Annual administration report of the Civil Veterinary Department of India - 1893-1894
Year: 1893
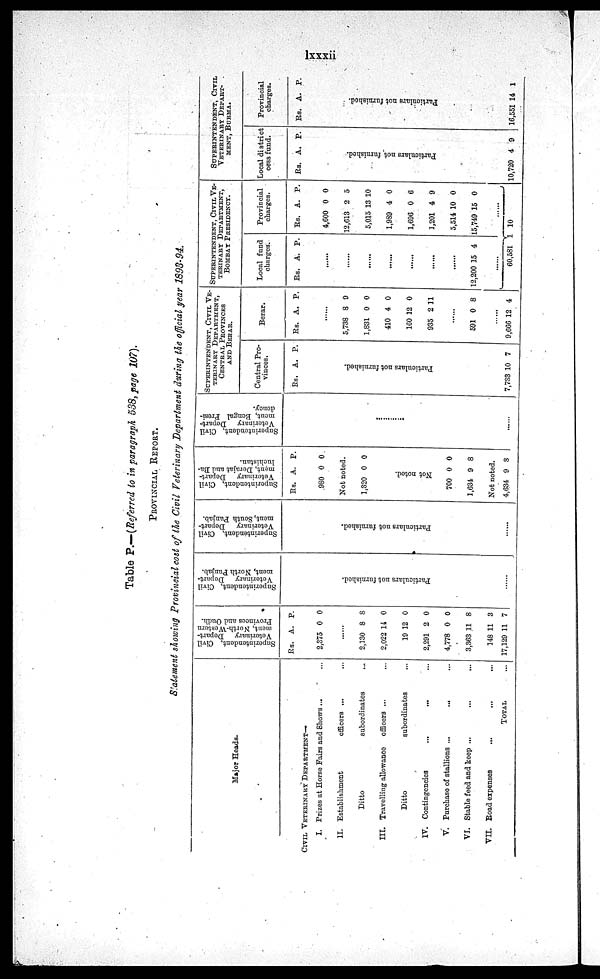
lxxxii
Table P.—(Referred to in paragraph 538, page 107).
PROVINCIAL REPORT.
Statement showing Provincial cost of the Civil Veterinary Department during the official year 1893-94.
Major Heads.
CIVIL VETERINARY DEPARTMENT—
I. Prizes at Horse Fairs and Shows ... ...
II. Establishment
Ditto
III. Travelling allowance
Ditto
officers ... ...
subordinates ...
officers ... ...
subordinates ...
IV. Contingencies
...
... ...
V. Purchase of stallions ...
... ...
VI. Stable feed and keep ... ... ...
VII. Road expenses ... ... ...
TOTAL ...
Superintendent, Civil
Veterinary Depart-
ment, North-Western
Provinces and Oudh.
Rs. A. P.
2,375 0 0
2,130
2,022
19
2,291
4,778
3,363
148
17,129
8
14
12
2
0
11
11
11
8
0
0
0
0
8
3
7
Superintendent, Civil
Veterinary Depart-
ment, North Punjab.
Particulars not furnished.
Superintendent, Civil
Veterinary
Depart-
ment, South Punjab.
Particulars not furnished.
Superintendent, Civil
Veterinary Depart-
ment, Derajat and Ba-
luchistan.
Rs. A. P.
980 0 0
Not noted.
1,320 0 0
Not noted.
700
1,634
0
9
0
8
Not noted.
4,634 9 8
Superintendent, Civil
Veterinary Depart-
ment, Bengal Presi-
dency.
............
SUPERINTENDENT, CIVIL VE-
-------- DEPARTMENT,
CENTRAL PROVINCES
AND BERAR.
Central Pro-
vinces.
Rs. A. P.
Particulars not furnished.
7,783 10 7
Berar.
Rs. A. P.
5,738
1,831
410
160
935
8
0
4
12
2
9
0
0
0
11
591 0 8
9,666 12 4
SUPERINTENDENT, CIVIL VE-
-------- DEPARTMENT,
BOMBAY PRESIDENCY.
Local fund
charges.
Rs.
A. P.
12,200 15 4
Provincial
charges.
Rs. A. P.
4,600
12,613
5,015
1,989
1,696
3,201
5,514
15,749
0
2
13
4
0
4
10
15
0
5
10
0
6
9
0
0
60,581 1 10
SUPERINTENDENT, CIVIL
VETERINARY DEPART-
----, BURMA.
Local district
cess fund.
Rs. A. P.
Particulars not furnished.
10,720 4 9
Provincial
charges.
Rs. A. P.
Particulars not furnished.
16,551 14 1